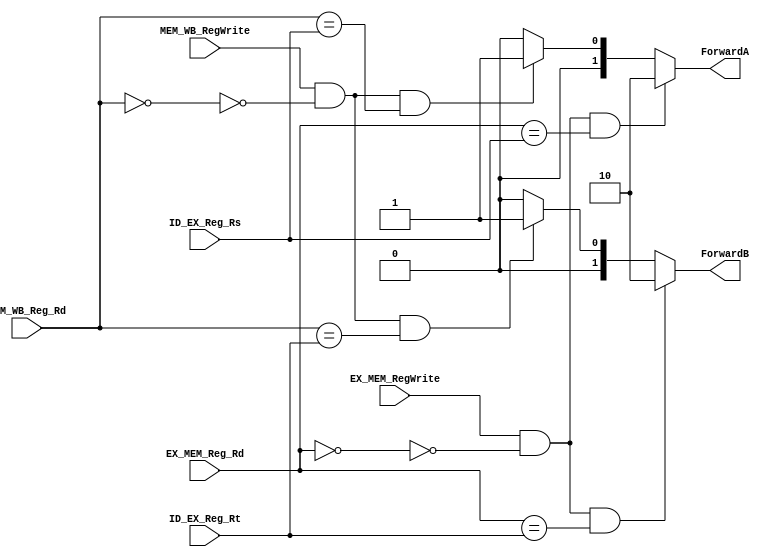



module Forwarding_Unit(ID_EX_Reg_Rs,ID_EX_Reg_Rt,EX_MEM_Reg_Rd,EX_MEM_RegWrite,MEM_WB_RegWrite,
MEM_WB_Reg_Rd,ForwardA,ForwardB);
input [4:0] ID_EX_Reg_Rs,ID_EX_Reg_Rt,EX_MEM_Reg_Rd,MEM_WB_Reg_Rd;
input EX_MEM_RegWrite,MEM_WB_RegWrite;
output reg[1:0]ForwardA,ForwardB; 
always@(*)
begin
if((EX_MEM_RegWrite) && ~(EX_MEM_Reg_Rd ==0) && (EX_MEM_Reg_Rd ==ID_EX_Reg_Rs ) )
ForwardA=2'b10;
else if ((MEM_WB_RegWrite) && ~(MEM_WB_Reg_Rd ==0) && (MEM_WB_Reg_Rd ==ID_EX_Reg_Rs ))
ForwardA=2'b01;
else
ForwardA=2'b00;
end
always@(*)
begin
if((EX_MEM_RegWrite) && ~(EX_MEM_Reg_Rd ==0) && (EX_MEM_Reg_Rd ==ID_EX_Reg_Rt ) )
ForwardB=2'b10;
else if ((MEM_WB_RegWrite) && ~(MEM_WB_Reg_Rd ==0) && (MEM_WB_Reg_Rd ==ID_EX_Reg_Rt ))
ForwardB=2'b01;
else
ForwardB=2'b00;
end
endmodule